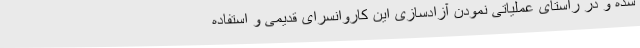
شده و در راستای عملیاتی نمودن آزادسازی این کاروانسرای قدیمی و استفاده